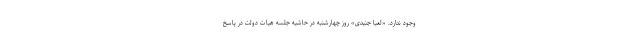
وجود ندارد. «لعیا جنیدی» روز چهارشنبه در حاشیه جلسه هیات دولت در پاسخ